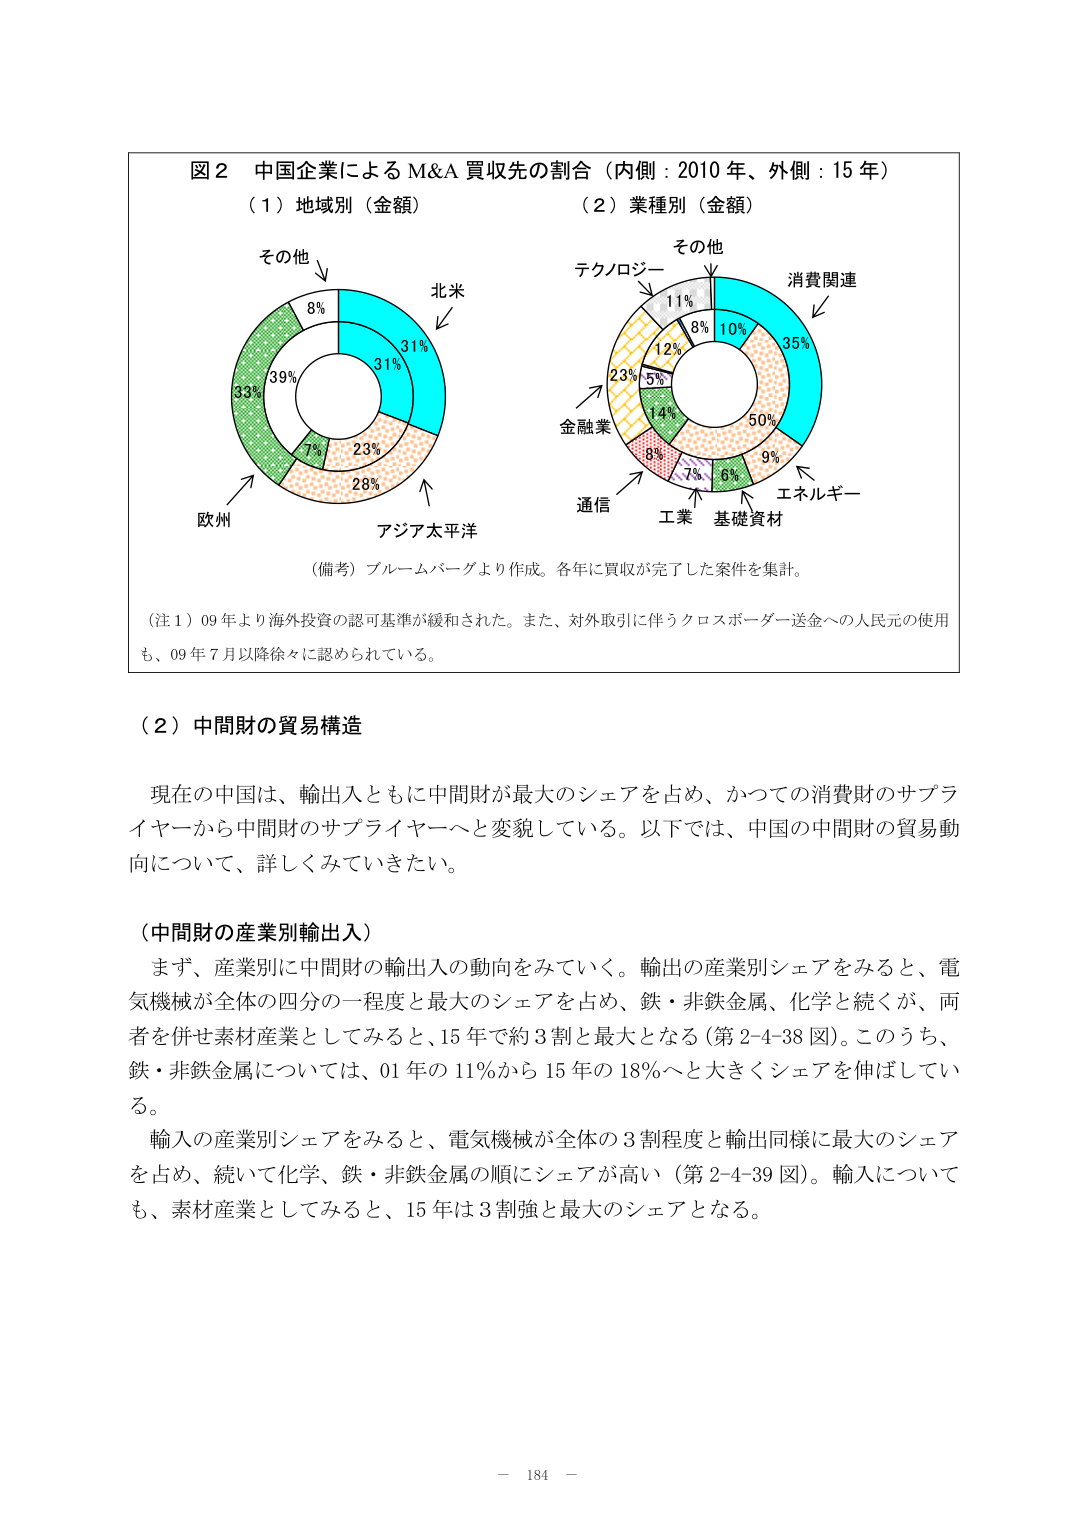
図２ 中国企業による M&A 買収先の割合（内側：2010 年、外側：15 年）
（１）地域別（金額）
その他 8%
北米 31%
アジア太平洋 28%
欧州 33%
（２）業種別（金額）
その他 11%
テクノロジー 8%
消費関連 35%
エネルギー 9%
基礎資材 6%
工業 7%
通信 8%
金融業 23%
（備考）ブルームバーグより作成。各年に買収が完了した案件を集計。
（注１）09 年より海外投資の認可基準が緩和された。また、対外取引に伴うクロスボーダー送金への人民元の使用も、09 年 7 月以降徐々に認められている。

（２）中間財の貿易構造
現在の中国は、輸出入ともに中間財が最大のシェアを占め、かつての消費財のサプライヤーから中間財のサプライヤーへと変貌している。以下では、中国の中間財の貿易動向について、詳しくみていきたい。

（中間財の産業別輸出入）
まず、産業別に中間財の輸出入の動向をみていく。輸出の産業別シェアをみると、電気機械が全体の四分の一程度と最大のシェアを占め、鉄・非鉄金属、化学と続くが、両者を併せ素材産業としてみると、15 年で約 3 割と最大となる（第 2-4-38 図）。このうち、鉄・非鉄金属については、01 年の 11%から 15 年の 18%へと大きくシェアを伸ばしている。
輸入の産業別シェアをみると、電気機械が全体の 3 割程度と輸出同様に最大のシェアを占め、続いて化学、鉄・非鉄金属の順にシェアが高い（第 2-4-39 図）。輸入についても、素材産業としてみると、15 年は 3 割強と最大のシェアとなる。

－ 184 －